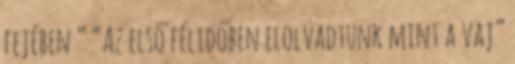
fejében ” “Az első félidőben elolvadtunk mint a vaj”